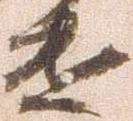
遣